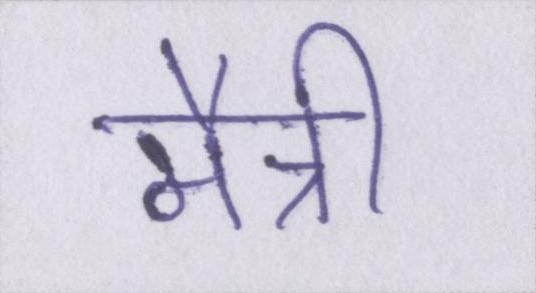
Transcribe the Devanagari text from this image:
मैत्री